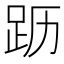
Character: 𬦣